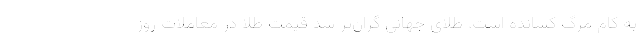
به کام مرگ کشانده است. طلای جهانی گران‌تر شد قیمت طلا در معاملات روز